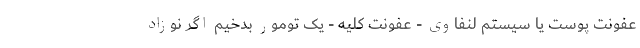
عفونت پوست یا سیستم لنفاوی - عفونت کلیه - یک تومور بدخیم اگر نوزاد